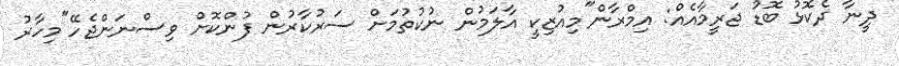
ދީނާ ދެކޮޅު ބޮޑު ޖަރީމާއެއް: އިމްރާން"މިއުޒިކީ އާލަމުން ނުކުތުމަށް ސަރުކާރުން ފުންކޮށް ވިސްނަންޖެހޭ"މިހާރު